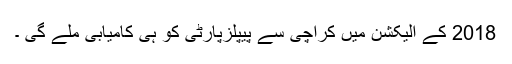
2018 کے الیکشن میں کراچی سے پیپلزپارٹی کو ہی کامیابی ملے گی ۔